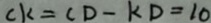
C k = C D - k D = 1 0